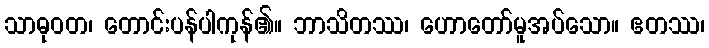
သာဓုဝတ၊ တောင်းပန်ပါကုန်၏။ ဘာသိတဿ၊ ဟောတော်မူအပ်သော။ ဧတဿ၊